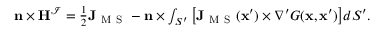
\begin{array} { r } { \mathbf { n } \times \mathbf { H } ^ { \mathcal { I } } = \frac { 1 } { 2 } \mathbf { J } _ { \mathrm { ~ M ~ S ~ } } - \mathbf { n } \times \int _ { S ^ { \prime } } \big [ \mathbf { J } _ { \mathrm { ~ M ~ S ~ } } ( \mathbf { x } ^ { \prime } ) \times \nabla ^ { \prime } G ( \mathbf { x } , \mathbf { x } ^ { \prime } ) \big ] d S ^ { \prime } . } \end{array}